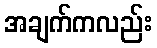
အချက်ကလည်း